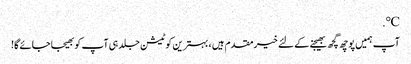
℃.
آپ ہمیں پوچھ گچھ بھیجنے کے لئے خیرمقدم ہیں ، بہترین کوٹیشن جلد ہی آپ کو بھیجا جائے گا!